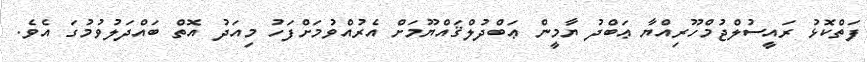
ފަތްކޮޅު ރައީސުލްޖުމްހޫރިއްޔާ ޢަބްދު ޔާމީން ޢަބްދުލްޤައްޔޫމަށް އެރުއްވުމަށްފަހު މިއަދު އޮތް ބައްދަލުވުމުގަ އެވެ.